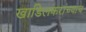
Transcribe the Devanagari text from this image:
खाडिलकरांच्याच